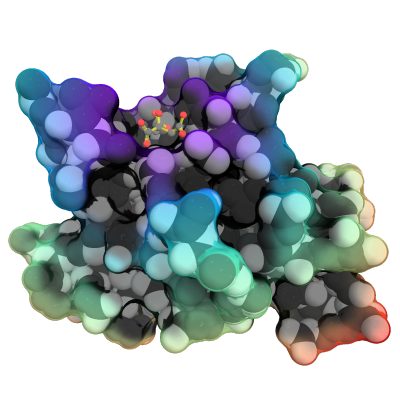
pymol, field_of_view, ball_and_stick, valence, ramp_new, spheres